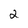
Character: 2